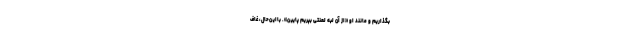
بگذاریم و مانند او «از آن لبهٔ لعنتی بپریم پایین». بااین‌حال، غاف